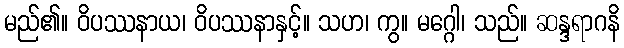
မည်၏။ ဝိပဿနာယ၊ ဝိပဿနာနှင့်။ သဟ၊ ကွ။ မဂ္ဂေါ၊ သည်။ ဆန္ဒရာဂနိ